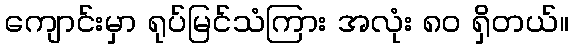
ကျောင်းမှာ ရုပ်မြင်သံကြား အလုံး ၈၀ ရှိတယ်။